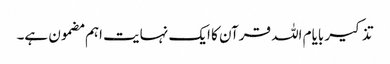
تذکیر بایام اللہ قرآن کا ایک نہایت اہم مضمون ہے۔